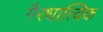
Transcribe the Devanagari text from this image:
गैरधात्विक